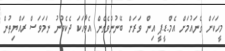
މީހަކަށް ގެނައުމަށް އެމް.ޑީ.ޕީ އިން ވަރަށް ބޭނުންވެގެން އެވާހަކަ ދެކެވުނު ނަމަވަސް ރައްޔިތުން